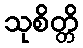
သုစိတ္တိ